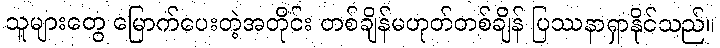
သူများတွေ မြောက်ပေးတဲ့အတိုင်း တစ်ချိန်မဟုတ်တစ်ချိန် ပြဿနာရှာနိုင်သည်။